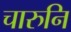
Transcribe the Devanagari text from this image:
चारुनि